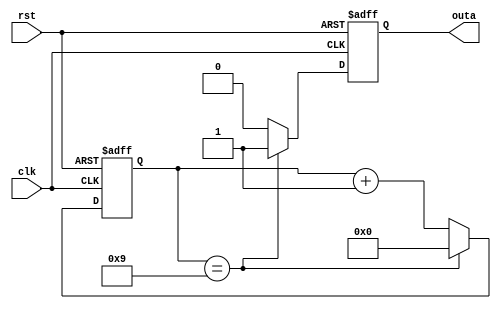
module counter_10(
    input wire clk,
    input wire rst,
    output reg outa
);
    reg [3:0] sum;
    always @ (posedge clk or posedge rst)begin
        if (rst == 1'b1) begin
            sum <= 4'b0;
            outa <= 1'b0;
        end
        else if (sum == 4'd9) begin
            sum <= 4'b0;
            outa <= 1'b1;
        end
        else begin
            sum <= sum + 1'b1;
            outa <= 1'b0;
        end
    end
endmodule